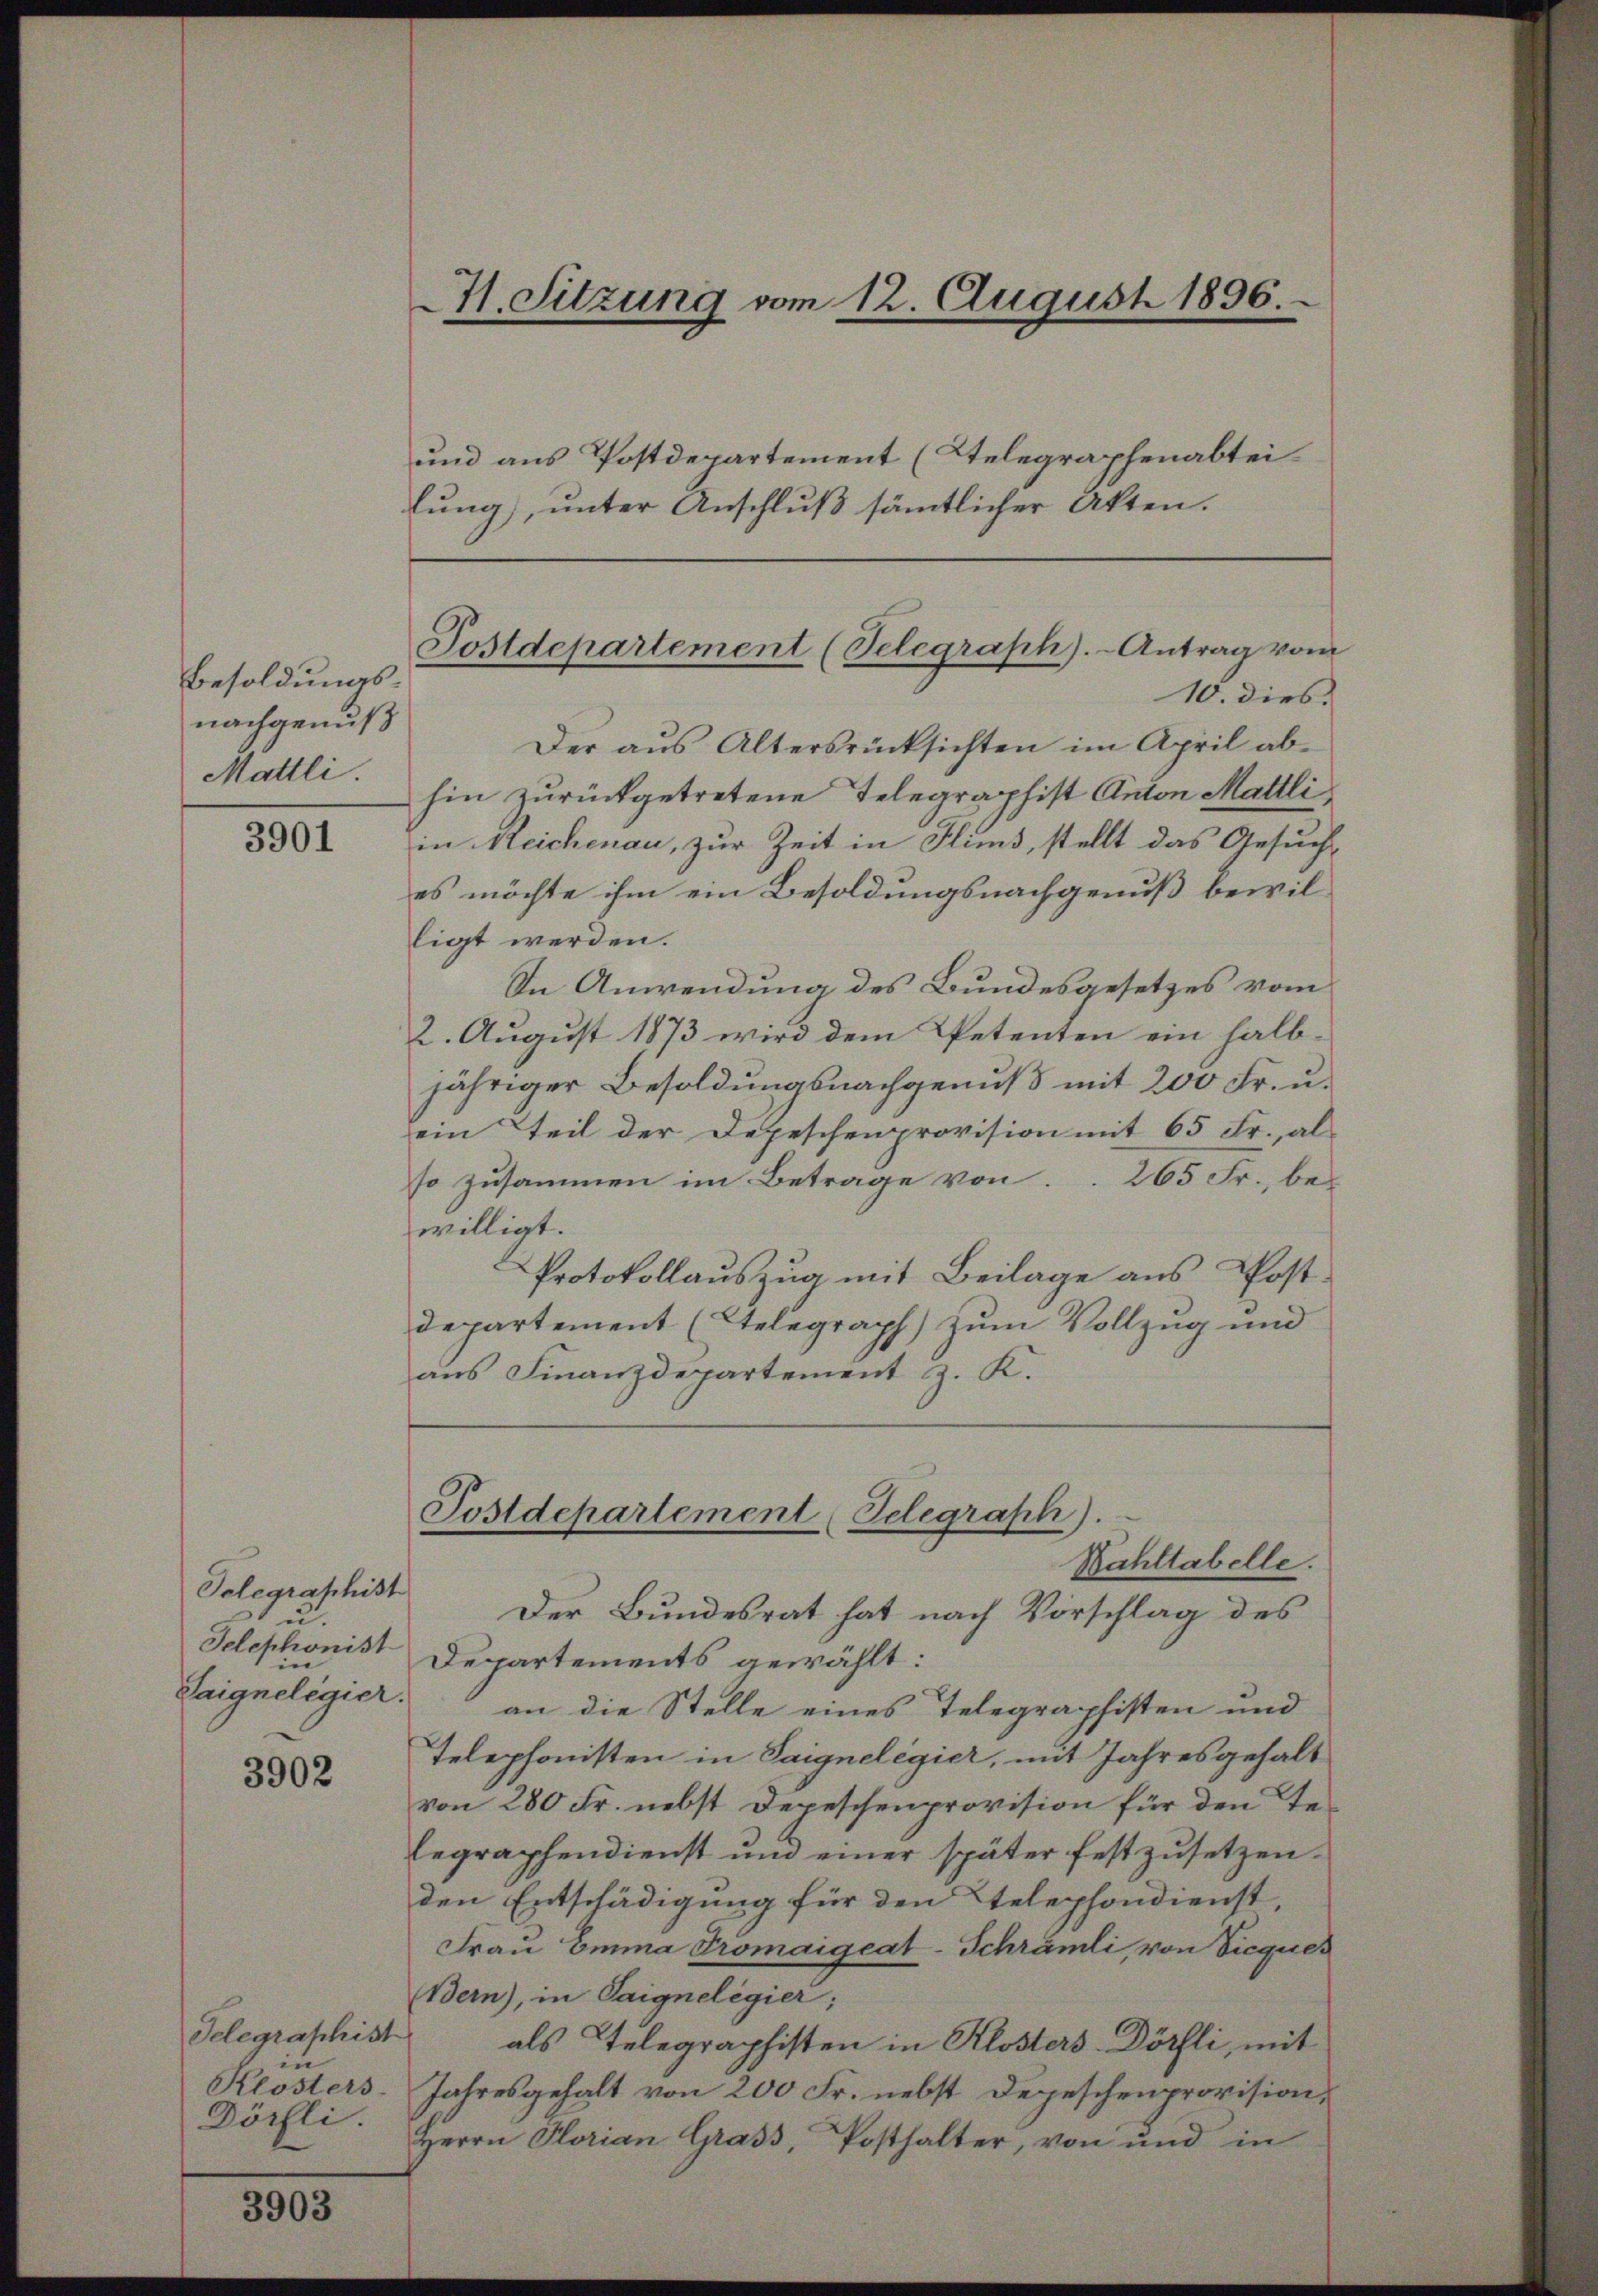
Besoldungsnachgenuß
Mattli.

3901

3902

3903

H. Sitzung vom 12. August 1896.

Telegraphist
u.
Telephonist
in
Laignelegier.

und aus Postdepartement (Telegraphenabtei
lŭng, unter Anschluß sämtlicher Akten.

Telegraphist
in
Klosters
Dörfli.

Postdepartement (Telegraph).- Antrag vom
10. dies

Postdepartement (Telegraph).
Bahltabelle.

Der aus Altersrücksichten im April ab-
hin zurückgetretene Telegraphist Anton Mattli
in Reichenau, zur Zeit in Hims, stellt das Gesuch-
es möchte ihm ein Besoldungsnachgenuß bewilligt werden.
In Anwendung des Bundesgesetzes vom
2. August 1873 wird dem Petenten ein halbjähriger Besoldungsnachgenuß mit 200 Fr. u.
ein Teil der Depeschenprovision mit 65 Fr., al
so zusammen im Betrage von 265 Fr., bewilligt.
Protokollauszug mit Beilage aus Postdepartement (Stelegraph) zum Vollzug und
aus Finanzdepartement z. K.

Der Bundesrat hat nach Vorschlag des
Departements gewählt:
an die Stelle eines Telegraphisten und
Telephonisten in Saignelegier, mit Jahresgehalt
von 280 Fr. nebst Depeschenprovision für den Te-
legraphendienst und einer später festzusetzenden Entschädigung für den telephondienst,
Frau omina Tromaigeat-Schrämli, von Viecquer
Bern), in Saignelegier;
als Telegraphisten in Klosters-Dörfli, mit
Jahresgehalt von 200 Fr. nebst Depeschenprovision,
Herrn Glorian Grass, Posthalter, von und in